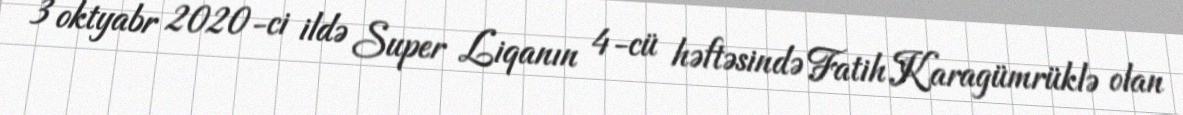
3 oktyabr 2020-ci ildə Super Liqanın 4-cü həftəsində Fatih Karagümrüklə olan